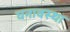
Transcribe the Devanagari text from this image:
घनावस्था